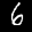
Label: 6